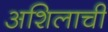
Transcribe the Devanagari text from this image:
अशिलाची